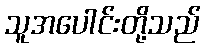
သူအပေါင်းတို့သည်